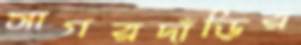
সাগরদাঁড়ির